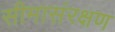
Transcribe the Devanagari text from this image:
सीमासंरक्षण